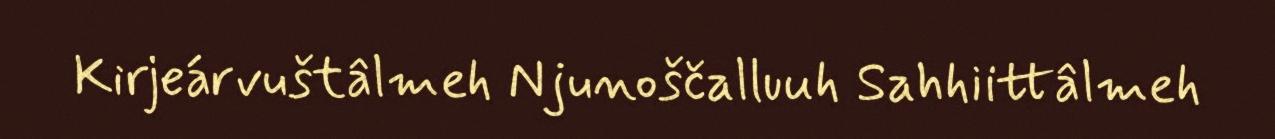
Kirjeárvuštâlmeh Njunoščalluuh Sahhiittâlmeh